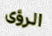
الرؤى